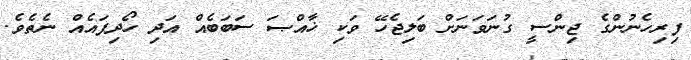
ފިރިހެނުންގެ ޖިންސީ ގުނަވަނަށް ބަލިޖެހޭ ވަކި ޚާއްޞަ ސަބަބެއް އަދި ހޯދިފައެއް ނެތެވެ.